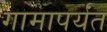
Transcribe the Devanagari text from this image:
गामापर्यंत